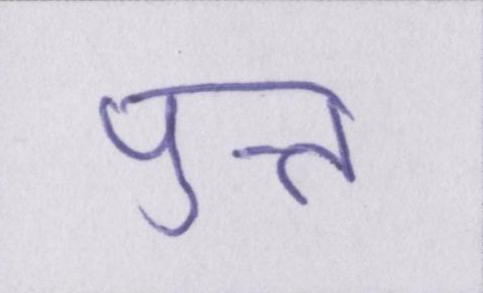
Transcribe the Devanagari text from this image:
पुत्त